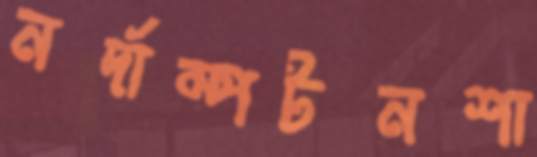
নর্দাম্পটনশা